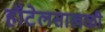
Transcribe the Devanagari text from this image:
हॉटेलसाखळी